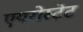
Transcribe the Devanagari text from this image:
एयरोस्टेट